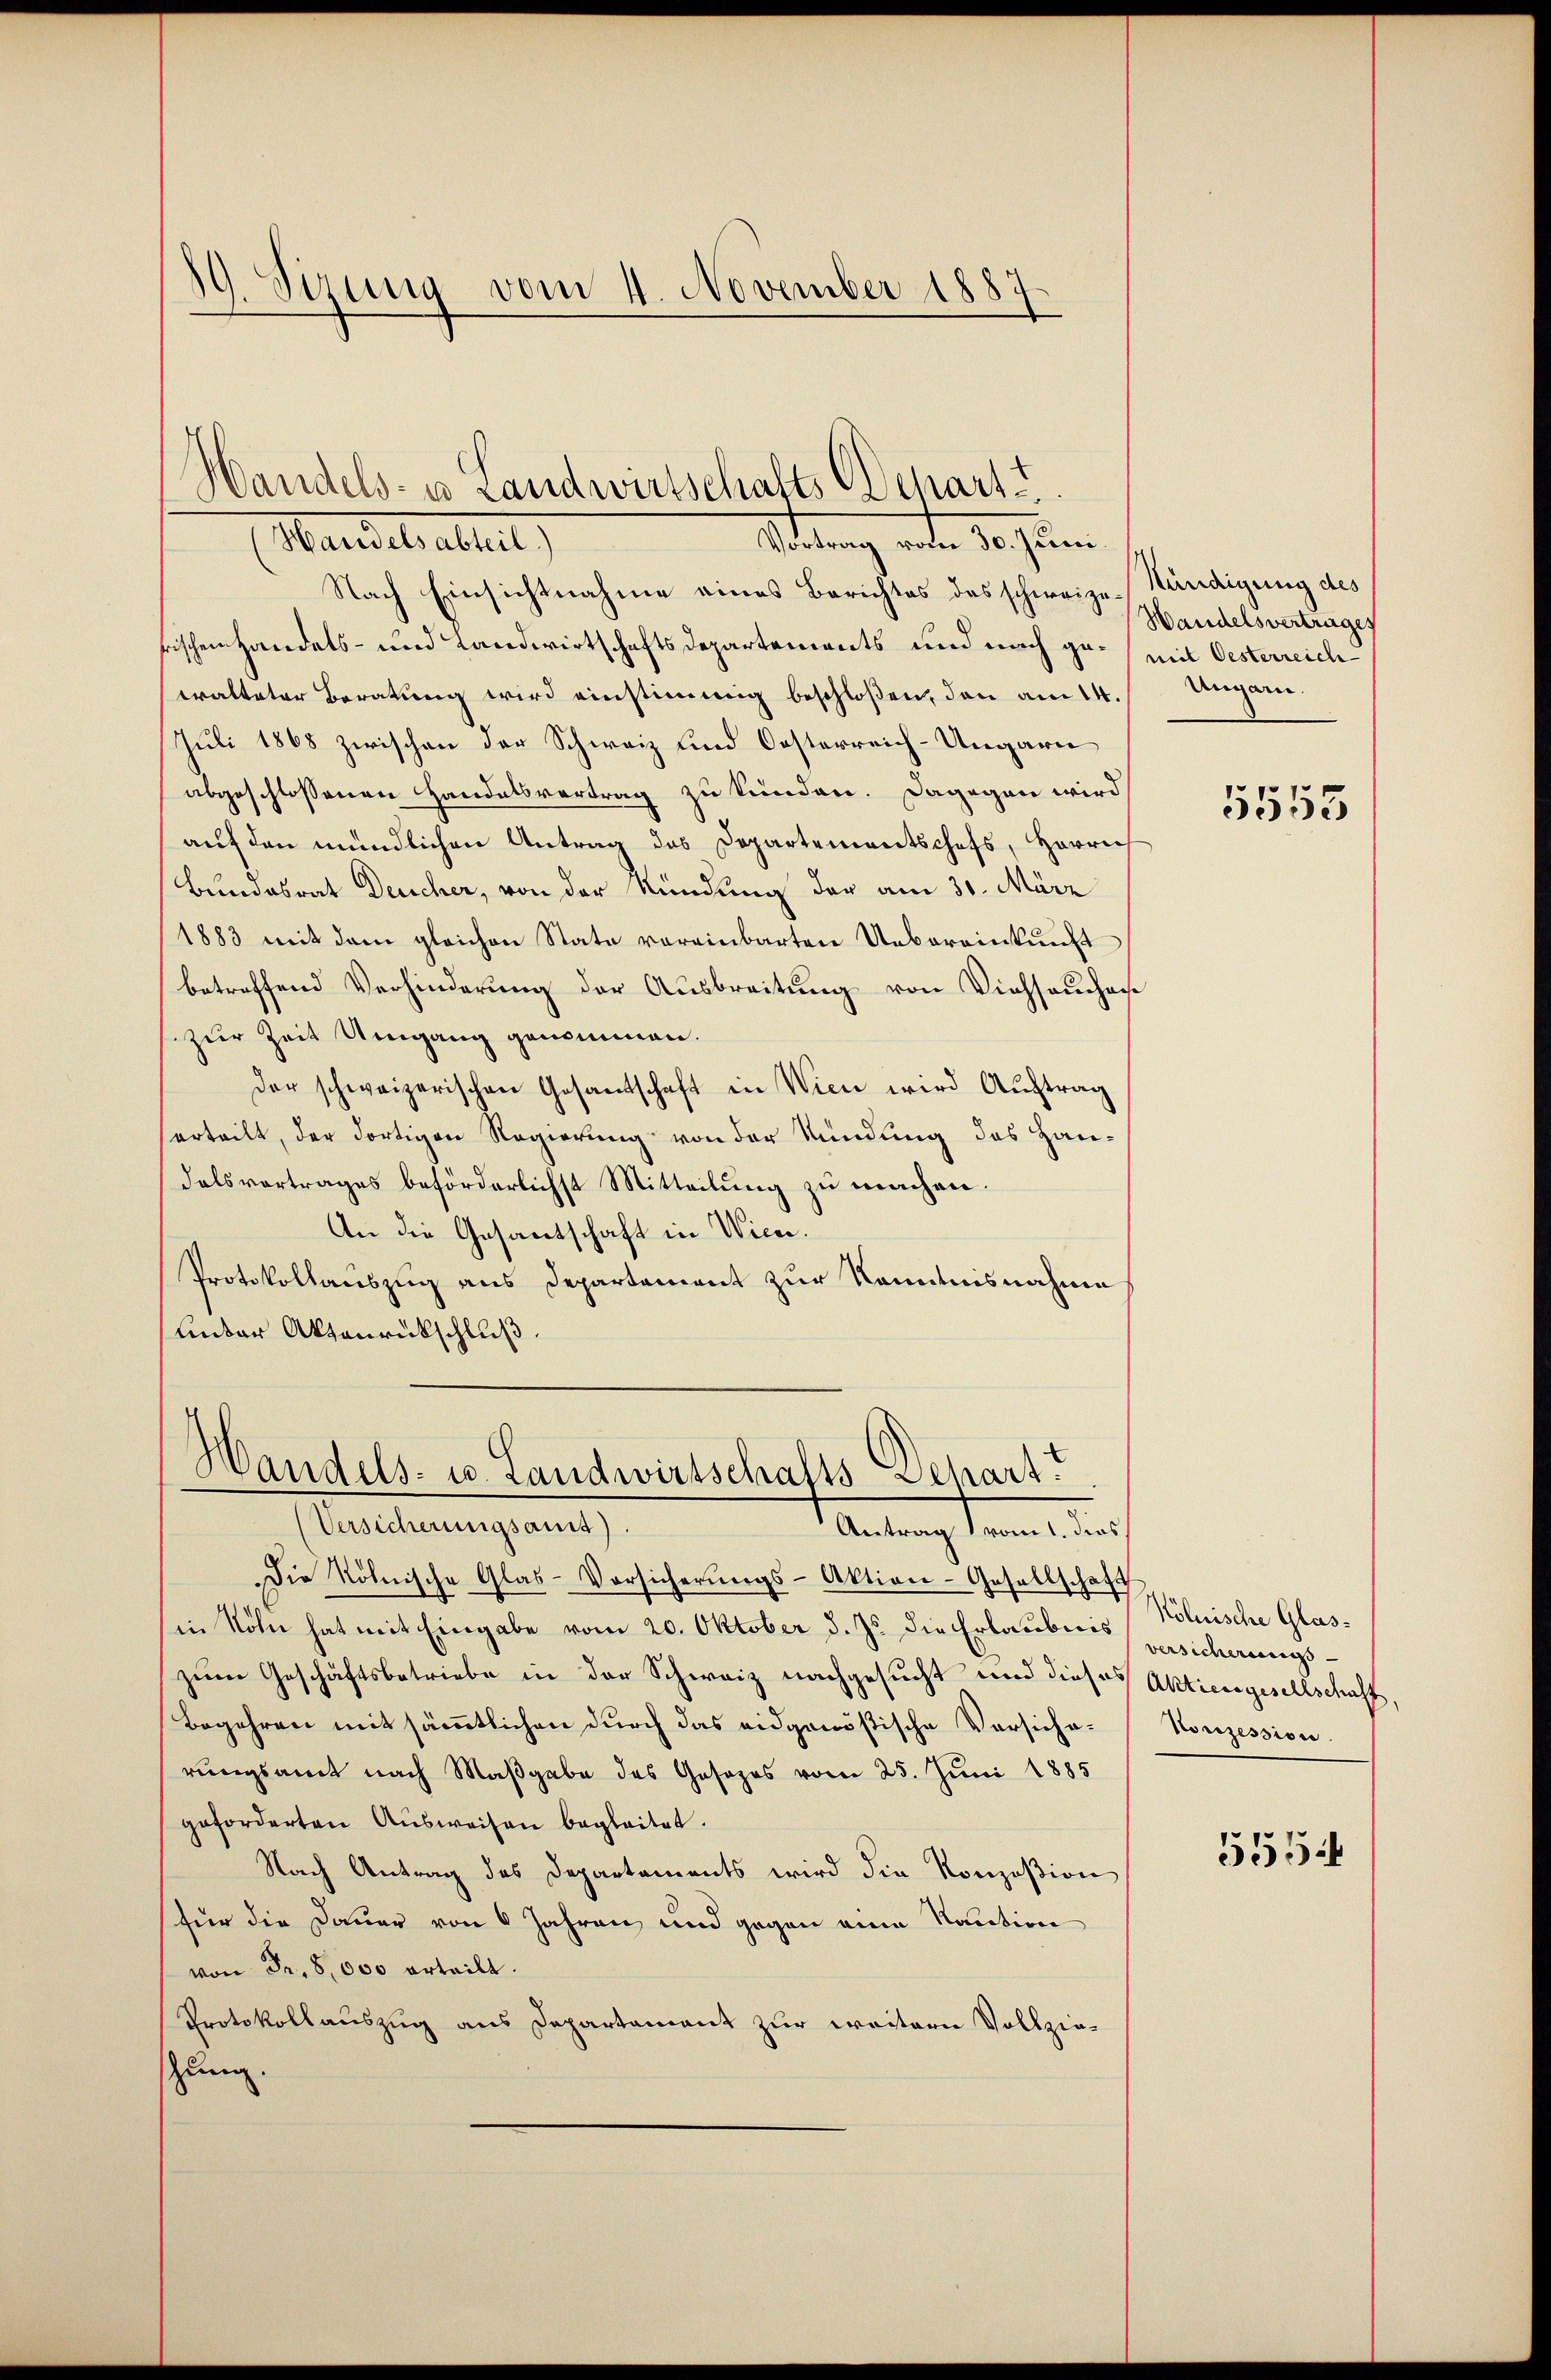
19. Sirung vom 4. November 1887
d

Handels- u Landwirtschafts chart.

Wandel altet,
Sittung anden 10. Juni
Nach Einsichtnahme eines Berichtes das schweize-Kündigung des
rischenhandels- und Landwirtschaftsdepartements und nach ge- mit Oesterreichwalteter Beratung wird einstimmig beschloßen, den am 14. Ungarn.
Juli 1868 zwischen der Schweiz und Oesterreich-Ungarn
abgeschlossenen Handelsvertrag zu kunden. Dagegen wird
auf den mündlichen Antrag des Departementschefs, Herrich
Bundesrat Deucher, von der Kündung der am 30. März
1883 mit dem gleichen State vereinbarten Uebereinkunft
betreffend Verhinderung der Ausbreitung von Viehseuchar
zur Zeit Umgang genommen.
Der schweizerischen Gesandtschaft in Wien wird Auftrag
erteilt, der dortigen Regierung von der Kündung des Handalsvortrages beförderlichst Mitteilung zu machen.
An die Gesantschaft in Wien.
Protokollauszug aus Departement zur Kenntnisnahme
umder Aktenrückschluß.

Handels- u. Landwirtschafts-Depart.
Versicherungsamst)
Meitung denn einen

Die Röhnische Glas-Vorsicherungs-Aktien-Gesellschaft
in Köln hat mit Eingabe vom 20. Oktober d. J. die Erlaubnis versicherungszum Geschäftsbetriebe in der Schweiz nachgesucht und dieses Aktiengesellschaft
Begehren mit sämmtlichen durch das eidgenößische Versicherungsamt nach Maßgabe des Gesezes vom 25. Juni 1885
geforderten Ausweisen begleitet.
Nach Antrag des Departements wird die Konzesion
für die Dauer von 6 Jahren und gegen eine Kaution
von Fr. 8,000 erteilt.
Protokollauszug aus Departament zur weitern Vollzie-
zung.

Handelsvertrages

5553

Kölnische Glas¬
Korozession.
555